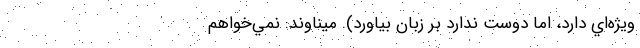
ويژه‌اي‌ دارد، اما دوست ندارد بر زبان بياورد). ميناوند: نمي‌خواهم